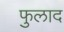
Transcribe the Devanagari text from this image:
फुलाद